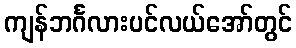
ကျန်ဘင်္ဂလားပင်လယ်အော်တွင်